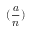
( { \frac { a } { n } } )